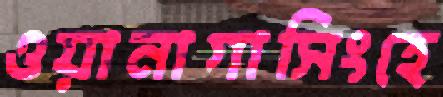
ওয়ানাগাসিংহে